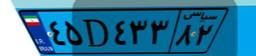
۵۰D۶۴۵۶۰